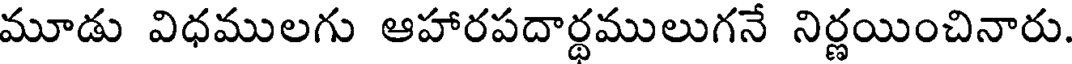
మూడు విధములగు ఆహారపదార్థములుగనే నిర్ణయించినారు